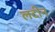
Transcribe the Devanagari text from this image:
लटीन